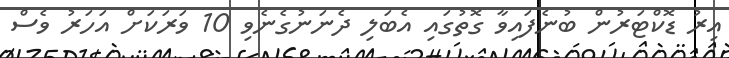
އިރު ޑޮކްޓަރުން ބުނެފައިވާ ގޮތުގައި އެބަލި ދެނަނުގެނެވި 10 ވަރަކަށް އަހަރު ވެސް